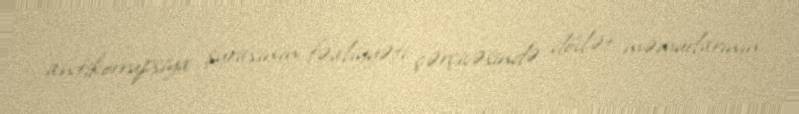
antikorrupsiya şurasının fəaliyyəti çərçivəsində dövlət məmurlarının